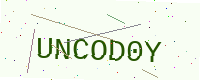
Text: UNCOD0Y